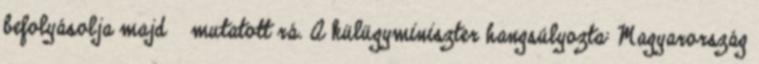
befolyásolja majd ‒ mutatott rá. A külügyminiszter hangsúlyozta: Magyarország